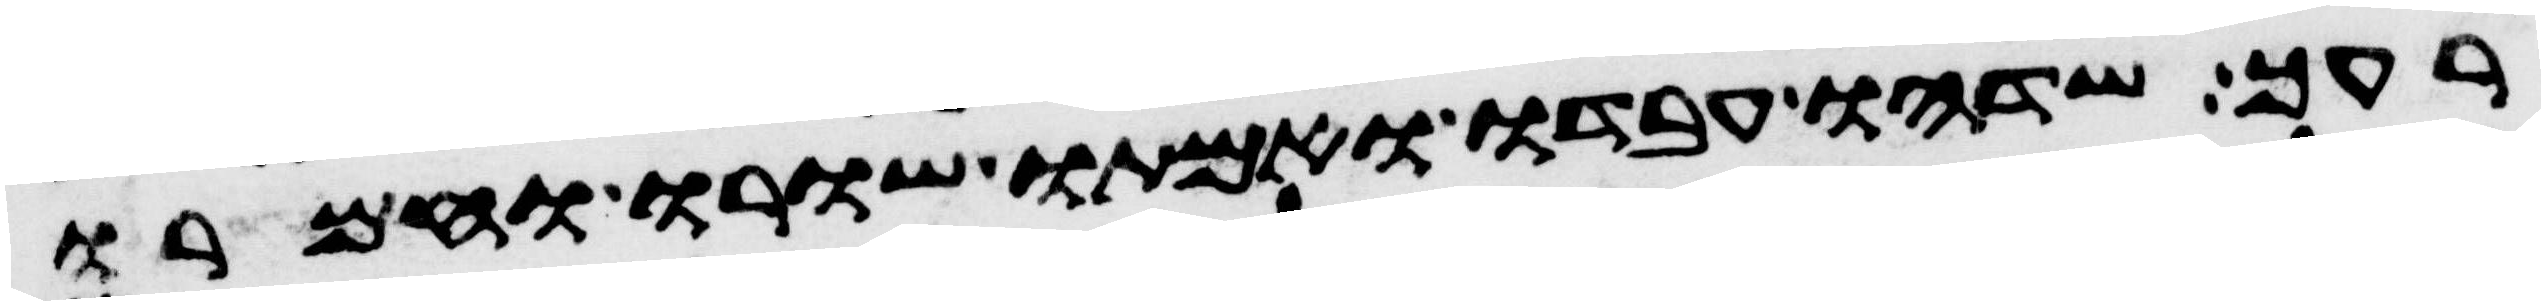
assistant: רעך שדהו עבדו ואמתו שורו וחמרו